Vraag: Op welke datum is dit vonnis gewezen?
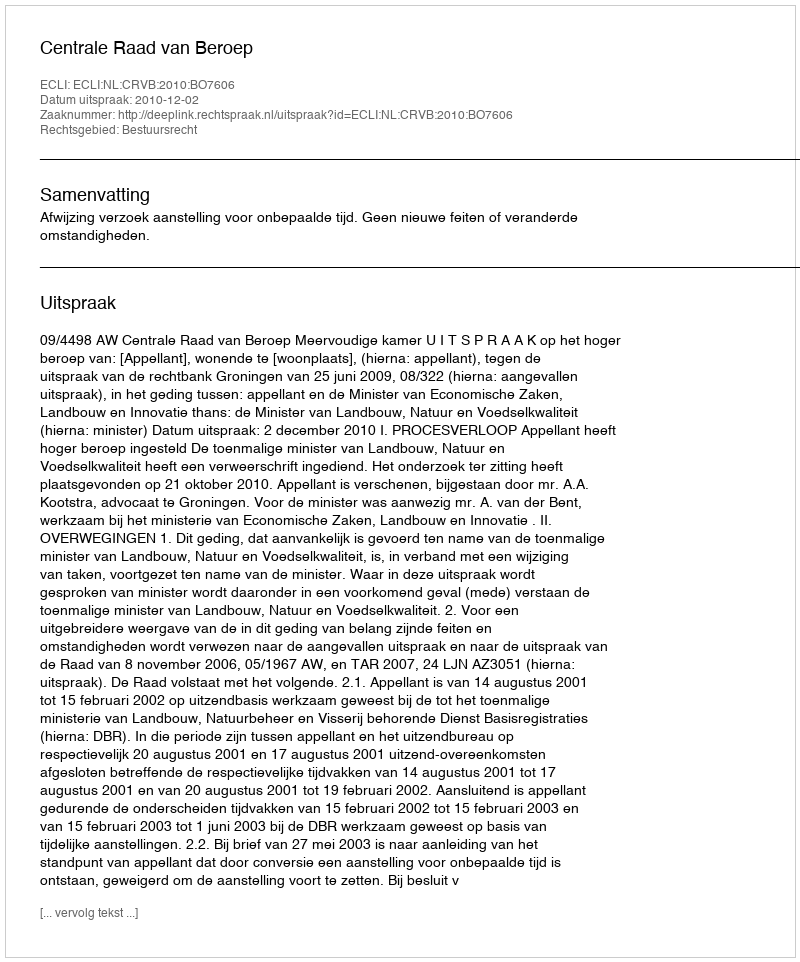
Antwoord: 2010-12-02